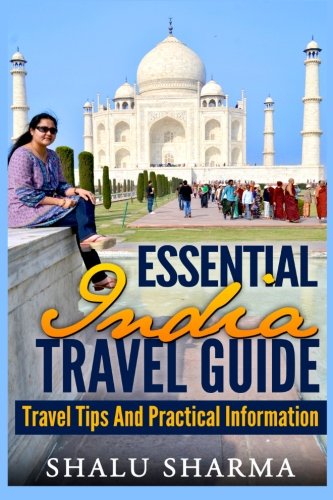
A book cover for Essential India Travel Guide: Travel Tips And Practical Information; Shalu Sharma; Travel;